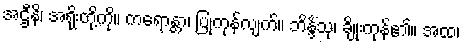
အဌီနိ၊ အရိုးတို့ကို။ ကရောန္တာ၊ ပြုကုန်လျက်။ ဘိန္ဒိံသု၊ ချိုးကုန်၏။ အထ၊